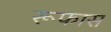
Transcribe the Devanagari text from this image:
रूफास